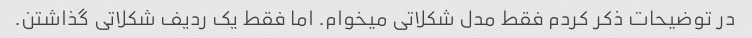
در توضیحات ذکر کردم فقط مدل شکلاتی میخوام. اما فقط یک ردیف شکلاتی گذاشتن.